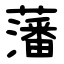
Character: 藩